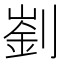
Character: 𠟁